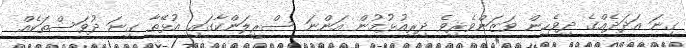
ގިނަ އަދަދެއްގެ ދިވެހިން ވަޒަންވެރިވެ ދިރިއުޅުމުން އަންނަ ސްރީލަންކާގައި އުޅޭތާ ގިނަ ދުވަސްތަކެއް